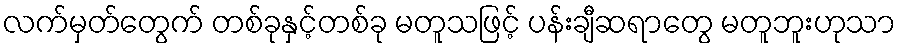
လက်မှတ်တွေက် တစ်ခုနှင့်တစ်ခု မတူသဖြင့် ပန်းချီဆရာတွေ မတူဘူးဟုသာ